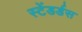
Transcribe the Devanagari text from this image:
स्टेंडर्डस